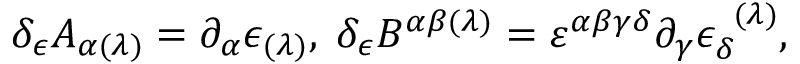
\delta _ { \epsilon } A _ { \alpha ( \lambda ) } = \partial _ { \alpha } \epsilon _ { ( \lambda ) } , \; \delta _ { \epsilon } B ^ { \alpha \beta ( \lambda ) } = \varepsilon ^ { \alpha \beta \gamma \delta } \partial _ { \gamma } \epsilon _ { \delta } ^ { \; \; ( \lambda ) } ,